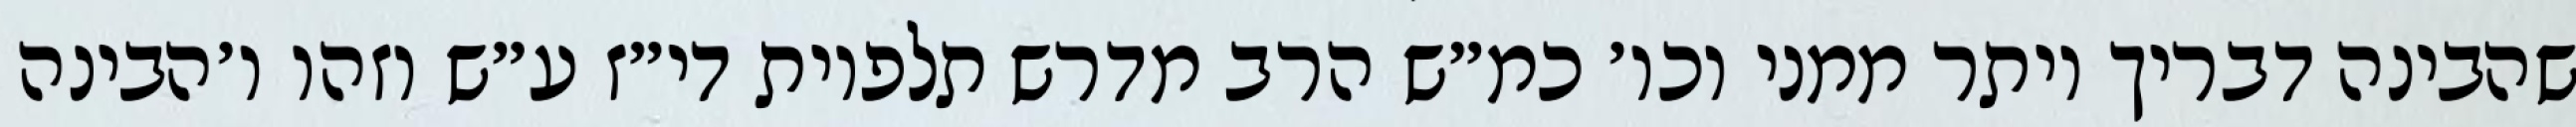
שהבינה דבריך יותר ממני וכו׳ כמ״ש הרב מדרש תלפיות די״ז ע״ש וזהו ו׳הבינה